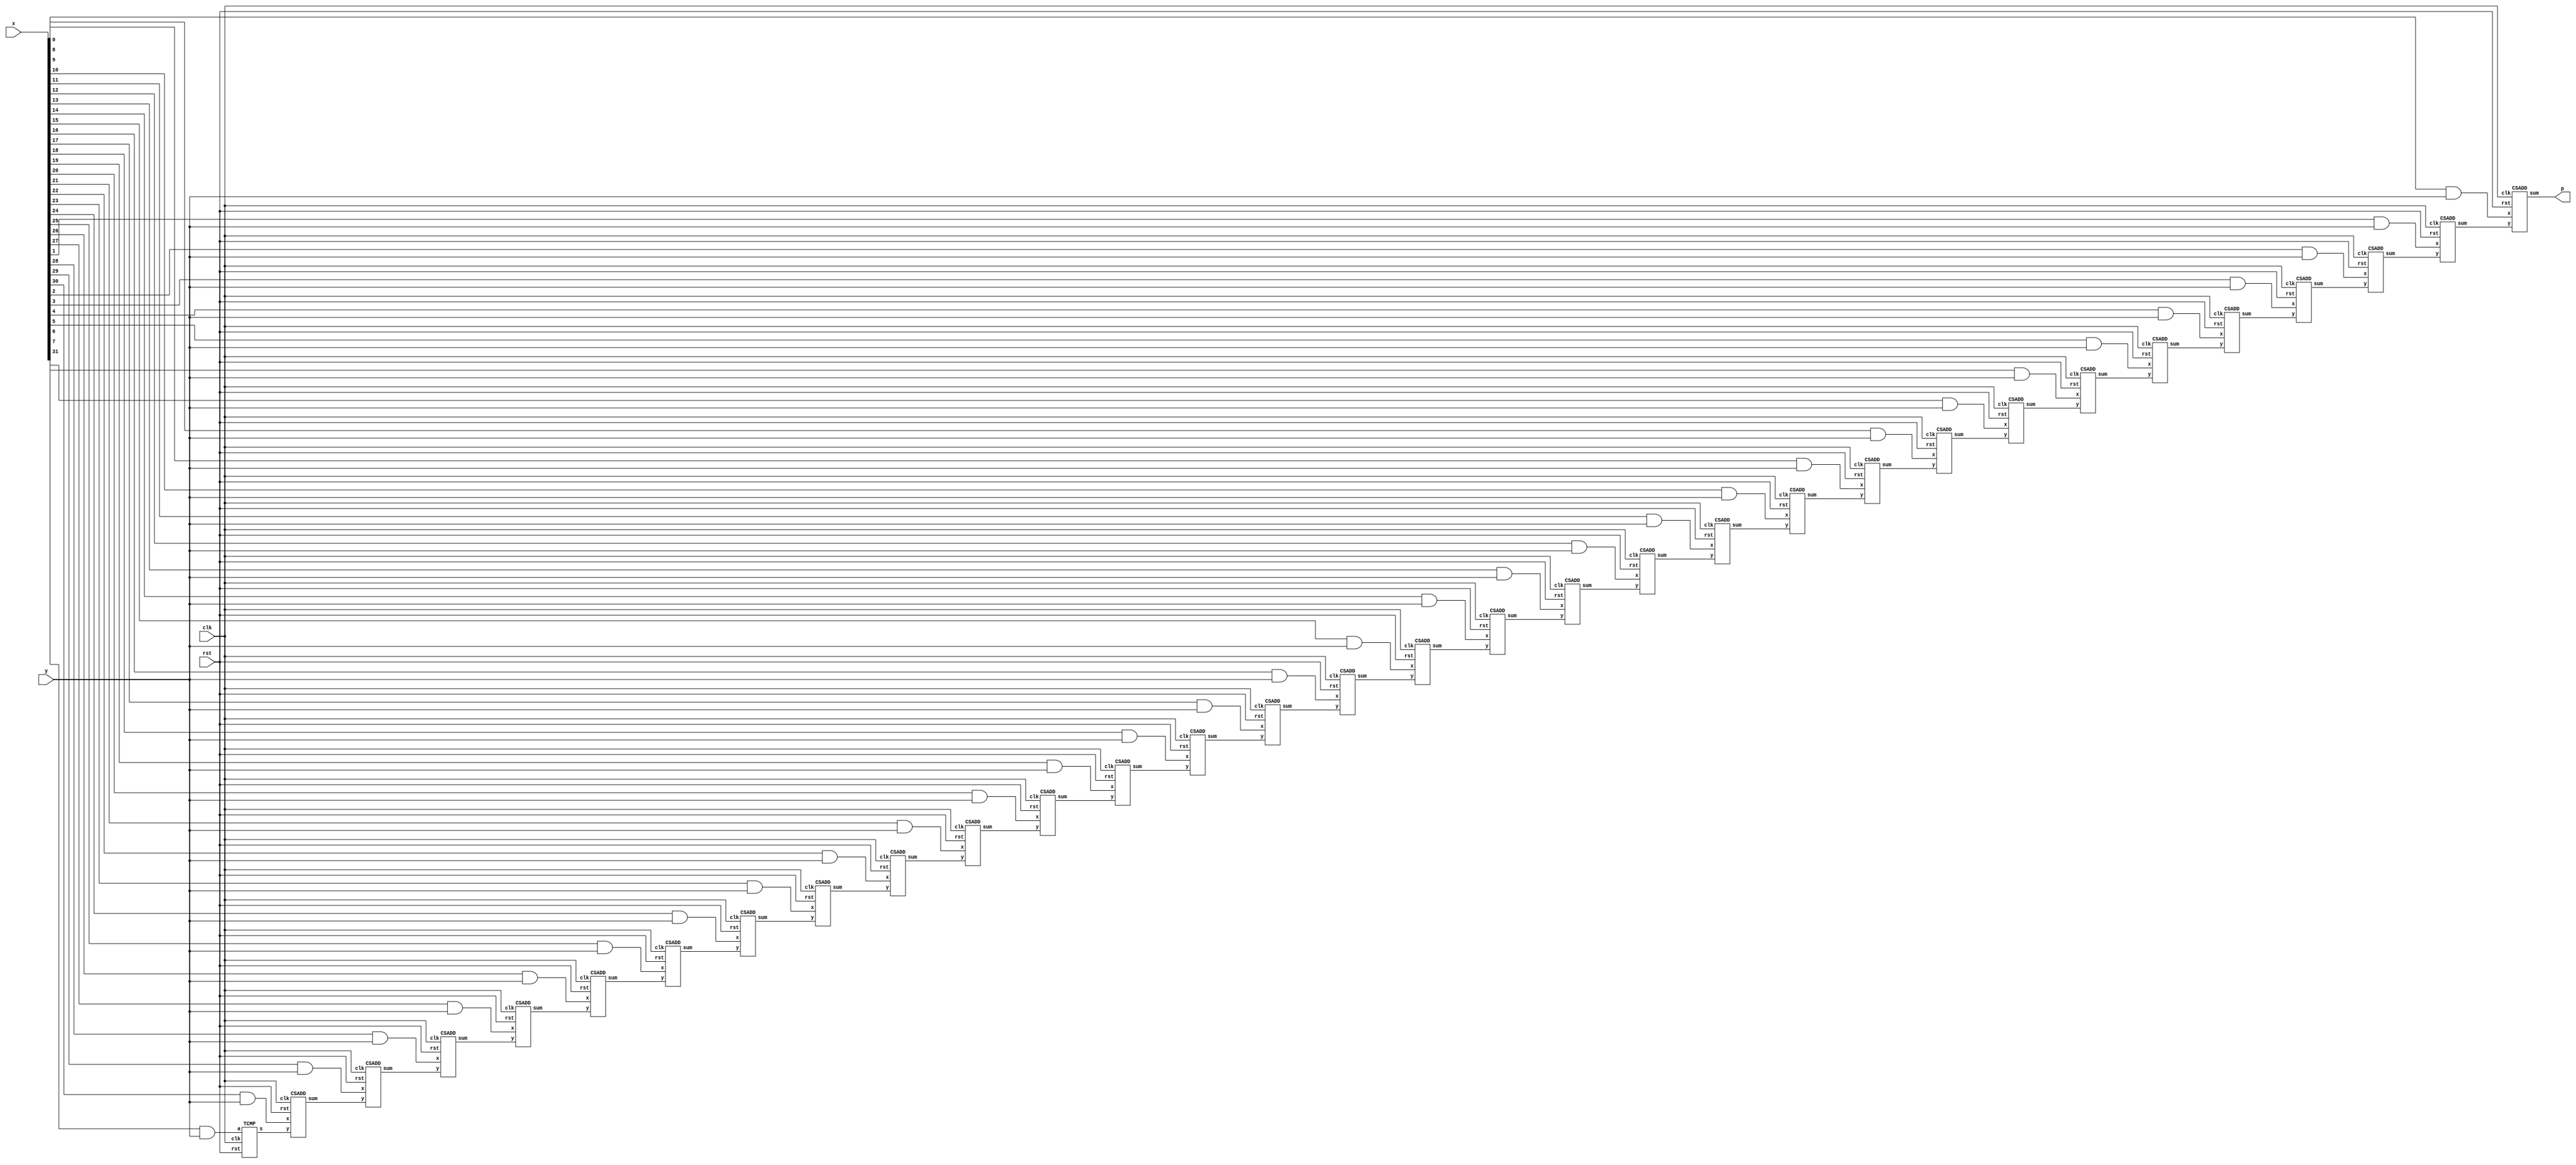
// A Serial-Parallel Multiplier (SPM)
// Modeled after the design outlined by shorturl.at/rwxGK
// Copyright 2016, mshalan@aucegypt.edu

`default_nettype none

module spm #(parameter size = 32)(
    input wire              clk, 
    input wire              rst,
    input wire              y,
    input wire [size-1:0]   x,
    output wire             p
);
    wire[size-1:1] pp;
    wire[size-1:0] xy;

    genvar i;

    CSADD csa0 (.clk(clk), .rst(rst), .x(x[0]&y), .y(pp[1]), .sum(p));
    
    generate 
        for(i=1; i<size-1; i=i+1) begin
            CSADD csa (.clk(clk), .rst(rst), .x(x[i]&y), .y(pp[i+1]), .sum(pp[i]));
        end 
    endgenerate
    
    TCMP tcmp (.clk(clk), .rst(rst), .a(x[size-1]&y), .s(pp[size-1]));

endmodule


module CSADD(
    input wire  clk, 
    input wire  rst,
    input wire  x, 
    input wire  y,
    output reg  sum
);

    reg sc;

    // Half Adders logic
    wire hsum1, hco1;
    assign hsum1 = y ^ sc;
    assign hco1 = y & sc;

    wire hsum2, hco2;
    assign hsum2 = x ^ hsum1;
    assign hco2 = x & hsum1;

    always @(posedge clk or posedge rst) begin
        if (rst) begin
            sum <= 1'b0;
            sc <= 1'b0;
        end
        else begin
            sum <= hsum2;
            sc <= hco1 ^ hco2;
        end
    end
endmodule

module TCMP (
    input wire  clk, 
    input wire  rst,
    input wire  a, 
    output reg  s
);
  
    reg z;

    always @(posedge clk or posedge rst) begin
        if (rst) begin
            s <= 1'b0;
            z <= 1'b0;
        end
        else begin
            z <= a | z;
            s <= a ^ z;
        end
    end

endmodule